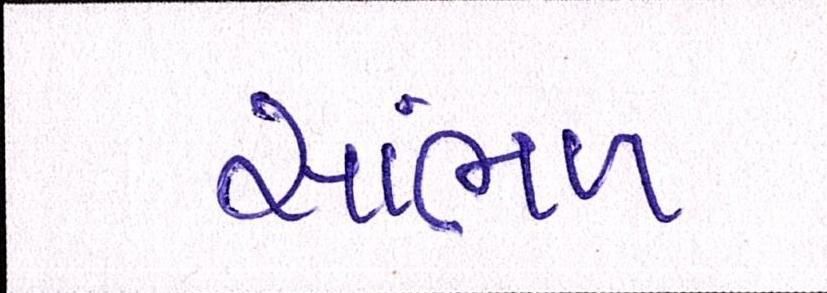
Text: સાંભળ